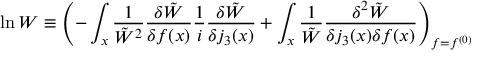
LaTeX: \ln W \equiv \left( - \int _ { x } \frac { 1 } { \tilde { W } ^ { 2 } } \frac { \delta \tilde { W } } { \delta f ( x ) } \frac 1 i \frac { \delta \tilde { W } } { \delta j _ { 3 } ( x ) } + \int _ { x } \frac { 1 } { \tilde { W } } \frac { \delta ^ { 2 } \tilde { W } } { \delta j _ { 3 } ( x ) \delta f ( x ) } \right) _ { f = f ^ { ( 0 ) } }